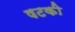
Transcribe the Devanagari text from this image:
षटकी